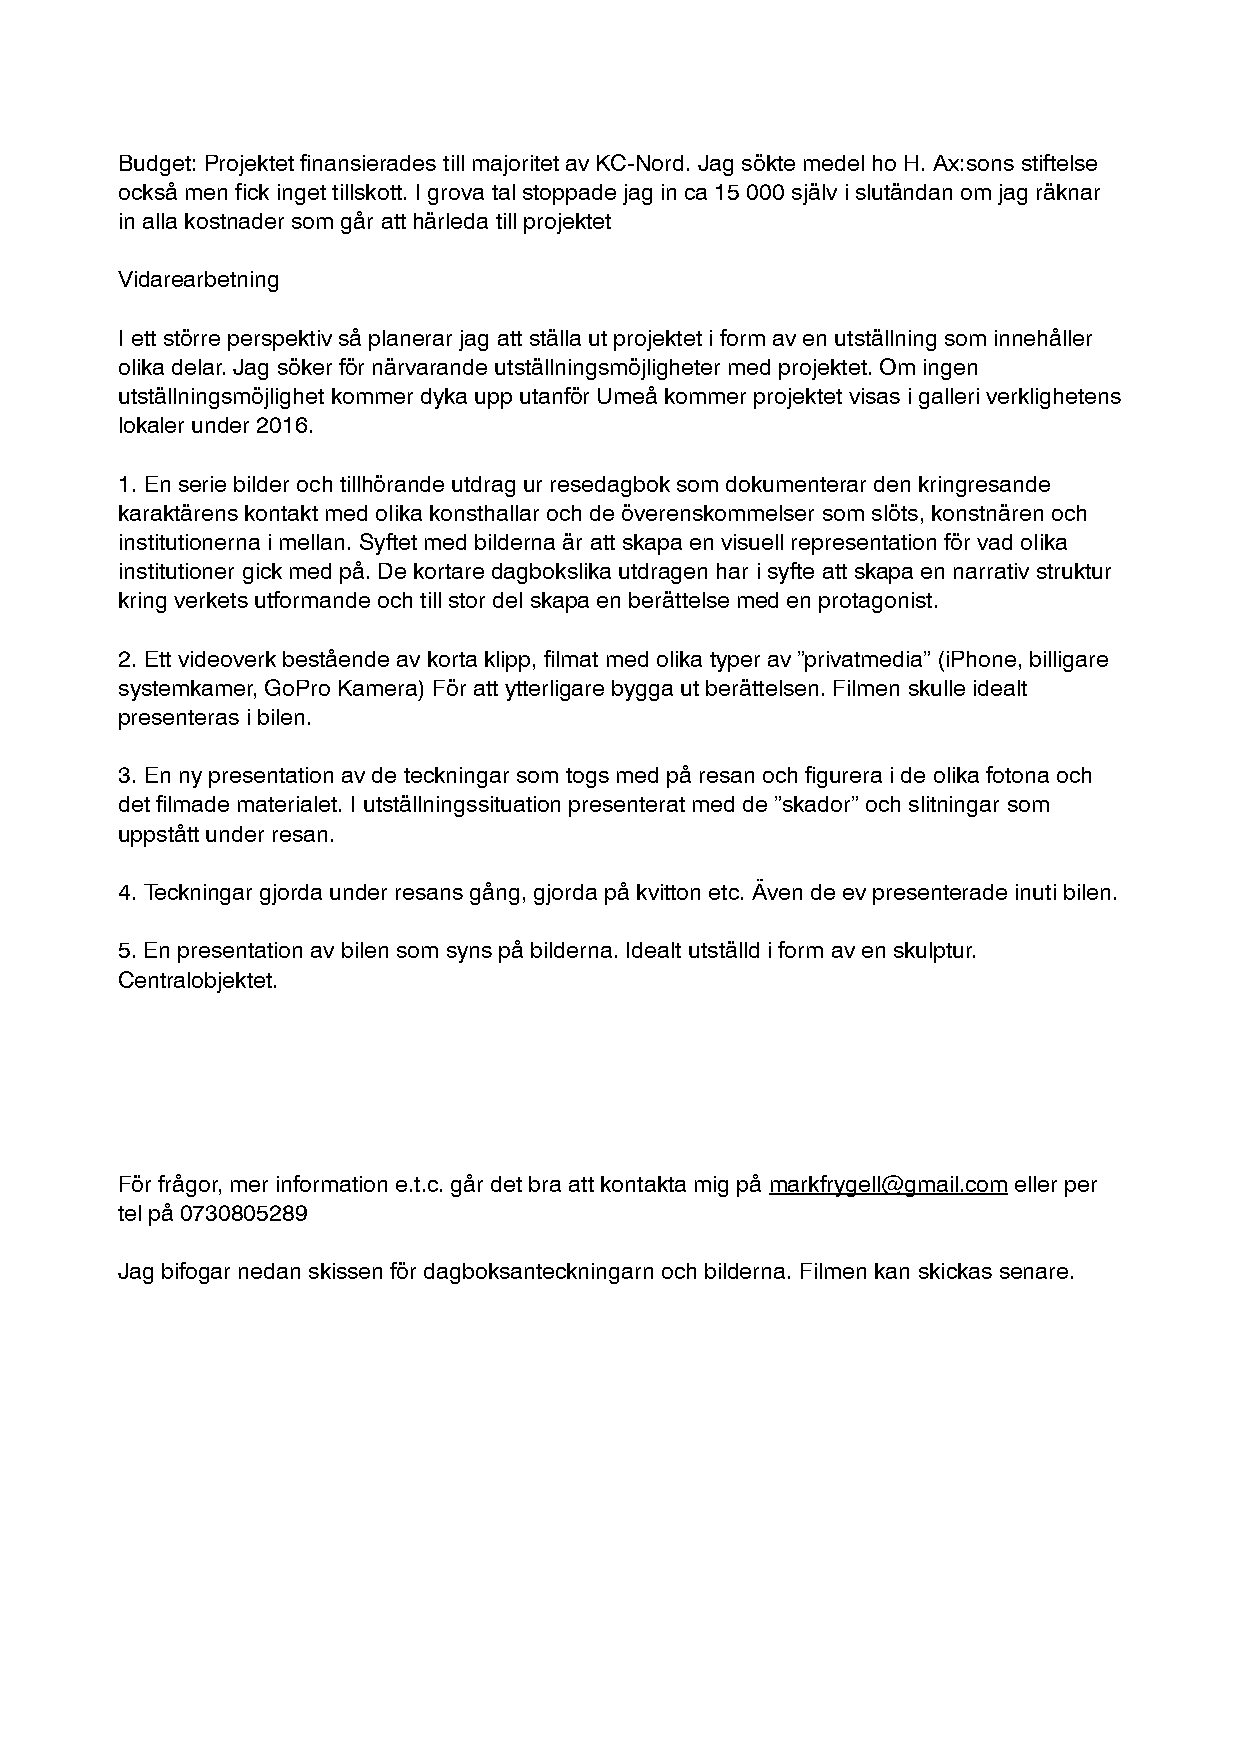
Budget: Projektet finansierades till majoritet av KC-Nord. Jag sökte medel ho H. Ax:sons stiftelse
 också men fick inget tillskott. I grova tal stoppade jag in ca 15 000 själv i slutändan om jag räknar
 in alla kostnader som går att härleda till projektet
 Vidarearbetning
 I ett större perspektiv så planerar jag att ställa ut projektet i form av en utställning som innehåller
 olika delar. Jag söker för närvarande utställningsmöjligheter med projektet. Om ingen
 utställningsmöjlighet kommer dyka upp utanför Umeå kommer projektet visas i galleri verklighetens
 lokaler under 2016.
 1. En serie bilder och tillhörande utdrag ur resedagbok som dokumenterar den kringresande
 karaktärens kontakt med olika konsthallar och de överenskommelser som slöts, konstnären och
 institutionerna i mellan. Syftet med bilderna är att skapa en visuell representation för vad olika
 institutioner gick med på. De kortare dagbokslika utdragen har i syfte att skapa en narrativ struktur
 kring verkets utformande och till stor del skapa en berättelse med en protagonist.
 2. Ett videoverk bestående av korta klipp, filmat med olika typer av ”privatmedia” (iPhone, billigare
 systemkamer, GoPro Kamera) För att ytterligare bygga ut berättelsen. Filmen skulle idealt
 presenteras i bilen.
 3. En ny presentation av de teckningar som togs med på resan och figurera i de olika fotona och
 det filmade materialet. I utställningssituation presenterat med de ”skador” och slitningar som
 uppstått under resan.
 4. Teckningar gjorda under resans gång, gjorda på kvitton etc. Även de ev presenterade inuti bilen.
 5. En presentation av bilen som syns på bilderna. Idealt utställd i form av en skulptur.
 Centralobjektet.
 För frågor, mer information e.t.c. går det bra att kontakta mig på markfrygell@gmail.com eller per
 tel på 0730805289
 Jag bifogar nedan skissen för dagboksanteckningarn och bilderna. Filmen kan skickas senare.